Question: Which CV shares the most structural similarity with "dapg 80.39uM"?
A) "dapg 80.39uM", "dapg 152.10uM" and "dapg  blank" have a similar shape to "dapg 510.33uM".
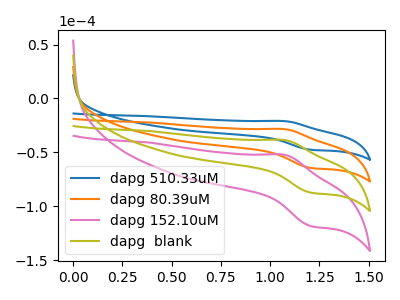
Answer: <think>The blue curve "dapg 510.33uM" has an anodic peak at (1.05V, -21.00uA) and a cathodic peak at (1.20V, -47.50uA). The orange curve "dapg 80.39uM" has an anodic peak at (1.05V, -28.45uA) and a cathodic peak at (1.20V, -64.40uA). The pink curve "dapg 152.10uM" has an anodic peak at (1.05V, -85.30uA) and a cathodic peak at (1.20V, -193.20uA). The olive curve "dapg  blank" has an anodic peak at (1.05V, -56.90uA) and a cathodic peak at (1.20V, -128.80uA).
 All the peaks in "dapg 510.33uM" have a peak in "dapg 80.39uM" at the same potential. All the peaks in "dapg 510.33uM" have a peak in "dapg 152.10uM" at the same potential. All the peaks in "dapg 510.33uM" have a peak in "dapg  blank" at the same potential. All the peaks in "dapg 80.39uM" have a peak in "dapg 152.10uM" at the same potential. All the peaks in "dapg 80.39uM" have a peak in "dapg  blank" at the same potential. All the peaks in "dapg 152.10uM" have a peak in "dapg  blank" at the same potential.</think>
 <answer>A) "dapg 80.39uM", "dapg 152.10uM" and "dapg  blank" have a similar shape to "dapg 510.33uM".</answer>
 <eval>A</eval>